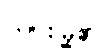
ယင်းမြို့၏